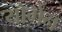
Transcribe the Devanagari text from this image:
योगेन